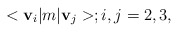
\begin{align*}<{\bf v}_i|m|{\bf v}_j>; i, j = 2, 3,\end{align*}